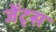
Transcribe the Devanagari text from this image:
जेंट्स